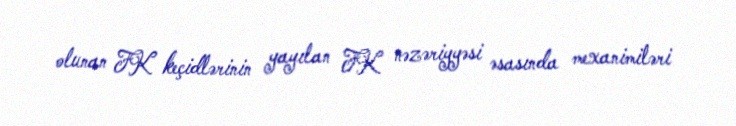
olunan FK keçidlərinin yayılan FK nəzəriyyəsi əsasında mexanimiləri